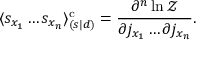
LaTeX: \langle s _ { x _ { 1 } } \ldots s _ { x _ { n } } \rangle _ { ( s | d ) } ^ { \mathrm { c } } = { \frac { \partial ^ { n } \ln { \mathcal { Z } } } { \partial j _ { x _ { 1 } } \ldots \partial j _ { x _ { n } } } } .